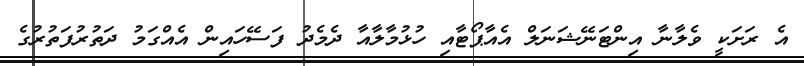
އެ ރަށަކީ ވެލާނާ އިންޓަނޭޝަނަލް އެއާޕޯޓާއި ހުޅުމާލާއާ ދެމެދު ފަސޭހައިން އެއްގަމު ދަތުރުފަތުރުގެ